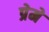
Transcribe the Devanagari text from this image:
प्रेमे